Report of cholera committee
Disease focus: Cholera
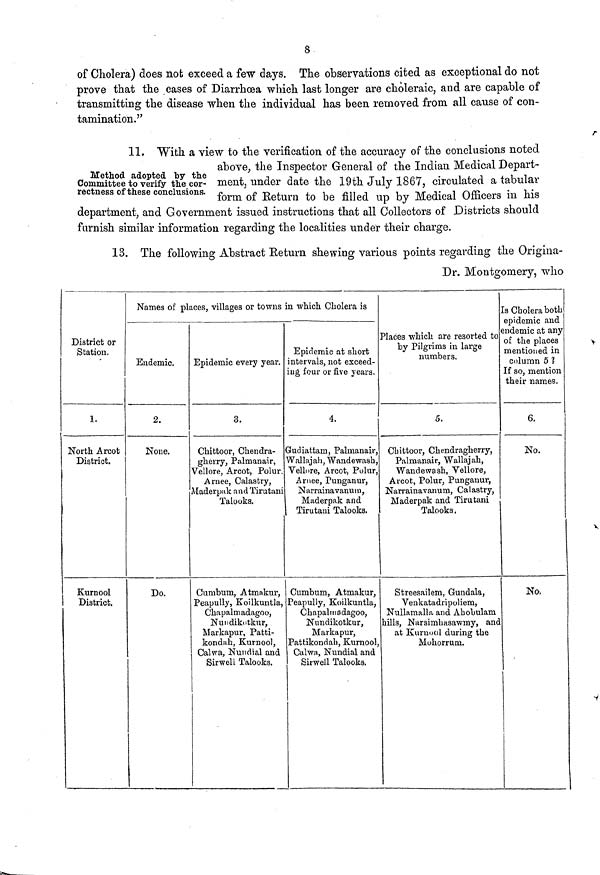
8
of Cholera) does not exceed a few days. The observations cited as exceptional do not
prove that the cases of Diarrhoea which last longer are choleraic, and are capable of
transmitting the disease when the individual has been removed from, all cause of con-
tamination."
Method adopted by the
Committee to verify the cor-
rectness of these conclusions.
11. With a view to the verification of the accuracy of the conclusions noted
above, the Inspector General of the Indian Medical Depart-
ment, under date the 19th July 1867, circulated a tabular
form of Return to be filled up by Medical Officers in his
department, and Government issued instructions that all Collectors of Districts should
furnish similar information regarding the localities under their charge.
13, The following Abstract Return shewing various points regarding the Origina-
Dr. Montgomery, who
District or
Station.
1.
North Arcot
District.
Kurnool
District.
Names of places, villages or towns
Endemic.
2.
None.
Do.
Epidemic every year.
3.
Chittoor, Chendra-
gherry, Palmanair,
Vellore, Arcot, Polur.
Arnee, Calastry,
Maderpak and Tirutani
Talooks.
Cumbum, Atmakur,
Peapully, Koilkuntla,
Chapalmadagoo,
Nundikotkur,
Markapur, Patti-
kondah, Kurnool,
Calwa, Nundial and
Sirwell Talooks.
in which Cholera is
Epidemic at short
intervals, not exceed-
ing four or five years.
4.
Gudiattam, Palmanair,
Wallajah, Wandewash,
Vellore, Arcot, Polur,
Arnee, Punganur,
Narrainavanum,
Maderpak and
Tirutani Talooks.
Cumbum, Atmakur,
Peapully, Koilkuntla,
Chapalmadagoo,
Nundikotkur,
Markapur,
Pattikondah, Kurnool,
Calwa, Nundial and
Sirwell Talooks.
Places which are resorted to
by Pilgrims in large
numbers.
5.
Chittoor, Chendragherry,
Palmanair, Wallajah,
Wandewash, Vellore,
Arcot, Polur, Punganur,
Narrainavanum, Calastry,
Maderpak and Tirutani
Talooks.
Streesailem, Gundala,
Venkatadripoliem,
Nullamalla and Ahobulam
hills, Narsimbasawmy, and
at Kurnool during the
Mohorrum.
Is Cholera both
epidemic and
endemic at any
of the places
mentioned in
column 5 1
If so, mention
their names.
6.
No.
No.